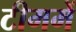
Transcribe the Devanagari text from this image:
टीममें